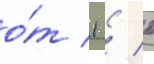
о́т 1 / 6